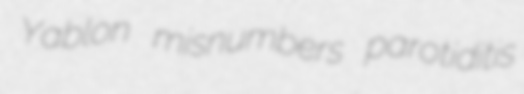
Yablon misnumbers parotiditis